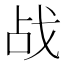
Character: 战